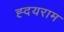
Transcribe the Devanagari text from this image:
ह्दयराम